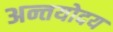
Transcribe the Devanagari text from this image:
अन्तयोदय